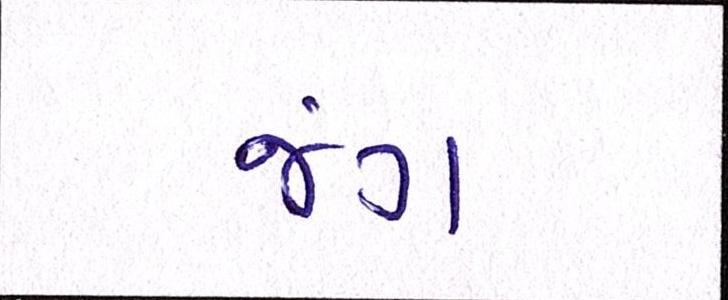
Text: જંગ